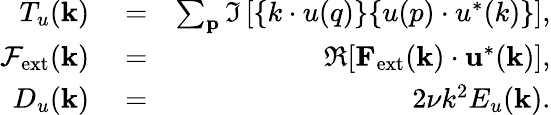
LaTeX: \begin{array}{rlr}{T_{u}({\mathbf k})}&{{}=}&{\sum_{\mathbf p}\Im\left[{\mathbf\{ k\cdot u(q)\} \{ u(p)\cdot u^{*}(k)\} }\right],}\\ {\mathcal{F}_{\mathrm{ext}}({\mathbf k})}&{{}=}&{\Re[{\mathbf F}_{\mathrm{ext}}({\mathbf k})\cdot{\mathbf u}^{*}({\mathbf k})],}\\ {D_{u}(\mathbf{k})}&{{}=}&{2\nu k^{2}E_{u}({\mathbf k}).}\end{array}